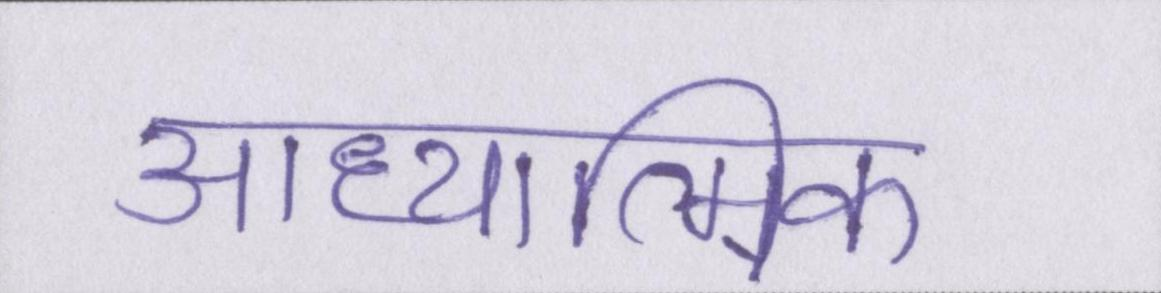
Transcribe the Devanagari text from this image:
आध्यात्मिक